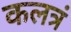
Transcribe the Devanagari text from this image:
कलत्रं